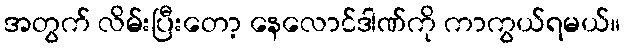
အတွက် လိမ်းပြီးတော့ နေလောင်ဒါဏ်ကို ကာကွယ်ရမယ်။